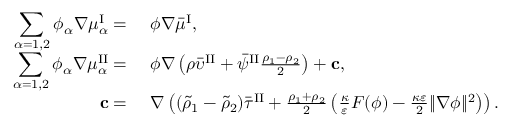
\begin{array} { r l } { \displaystyle \sum _ { \alpha = 1 , 2 } \phi _ { \alpha } \nabla \mu _ { \alpha } ^ { \mathrm { I } } = } & { ~ \phi \nabla \bar { \mu } ^ { \mathrm { I } } , } \\ { \displaystyle \sum _ { \alpha = 1 , 2 } \phi _ { \alpha } \nabla \mu _ { \alpha } ^ { \mathrm { I I } } = } & { ~ \phi \nabla \left( \rho \bar { \upsilon } ^ { \mathrm { I I } } + \bar { \psi } ^ { \mathrm { I I } } \frac { \rho _ { 1 } - \rho _ { 2 } } { 2 } \right) + \mathbf { c } , } \\ { \mathbf { c } = } & { ~ \nabla \left( ( \tilde { \rho } _ { 1 } - \tilde { \rho } _ { 2 } ) \bar { \tau } ^ { \mathrm { I I } } + \frac { \rho _ { 1 } + \rho _ { 2 } } { 2 } \left( \frac { \kappa } { \varepsilon } F ( \phi ) - \frac { \kappa \varepsilon } { 2 } \| \nabla \phi \| ^ { 2 } \right) \right) . } \end{array}